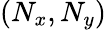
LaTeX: (N_{x},N_{y})